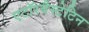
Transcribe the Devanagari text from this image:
एटॉरवैस्टेटिन